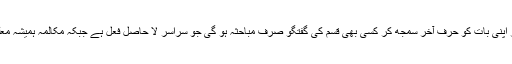
خود کو عقل کل‘ ہدایت یافتہ اور اپنی بات کو حرف آخر سمجھ کر کسی بھی قسم کی گفتگو صرف مباحثہ ہو گی جو سراسر لا حاصل فعل ہے جبکہ مکالمہ ہمیشہ معلومات میں اضافے کا سبب ہے۔